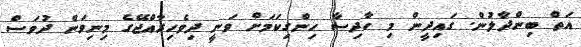
އަތް ބިންދާލުން. ގައިދީން މި ހާދިސާ ހިންގިކަމަށް ވަނީ ދިވެހިރާއްޖޭގެ މިނިވަން ދުވަސް